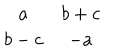
LaTeX: \begin{array} { c c } { { a } } & { { b + c } } \\ { { b - c } } & { { - a } } \\ \end{array}